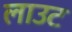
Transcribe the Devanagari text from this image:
लाउट